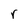
Character: r